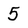
Character: 5